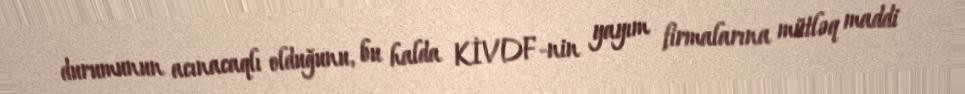
durumunun acınacaqlı olduğunu, bu halda KİVDF-nin yayım firmalarına mütləq maddi